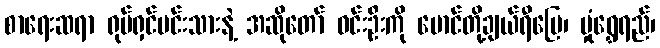
စာရေးဆရာ ရုပ်ရှင်မင်းသားနဲ့ အဆိုတော် ဝင်းဦးကို မောင်တို့ချယ်ရီမြေ၊ မှုံရွှေရည်၊